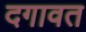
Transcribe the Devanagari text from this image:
दगावत